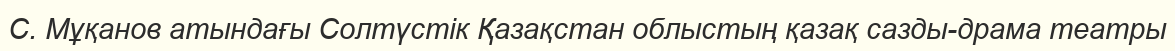
С. Мұқанов атындағы Солтүстік Қазақстан облыстың қазақ сазды-драма театры